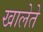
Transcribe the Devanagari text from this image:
खालेते